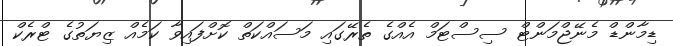
ޑިމާންޑް މެނޭޖްމަންޓް ސިސްޓަމް އެއްގެ ތެރޭގައި މަސައްކަތް ކޮށްފައިވާ ކަމެއް ޒިޔަތުގެ ޓްރެކް